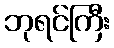
ဘုရင်ကြီး